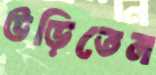
উড়িতেন